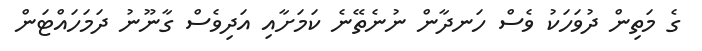
ގެ މަތިން ދުވަހަކު ވެސް ހަނދާން ނުނެތޭނެ ކަމަށާއި އަދިވެސް ގާނޫނު ދަމަހައްޓަން